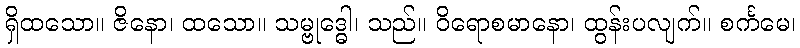
ရှိထသော။ ဇိနော၊ ထသော။ သမ္ဗုဒ္ဓေါ၊ သည်။ ဝိရောစမာနော၊ ထွန်းပလျက်။ စင်္ကမေ၊